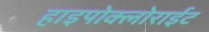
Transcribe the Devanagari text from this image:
हाइपोक्लोराईट